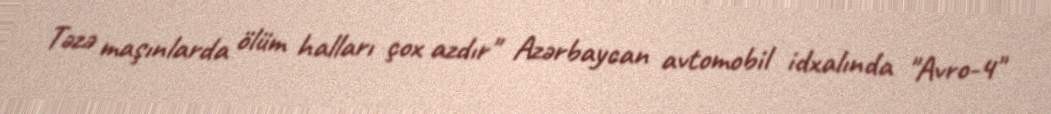
Təzə maşınlarda ölüm halları çox azdır" Azərbaycan avtomobil idxalında "Avro-4"